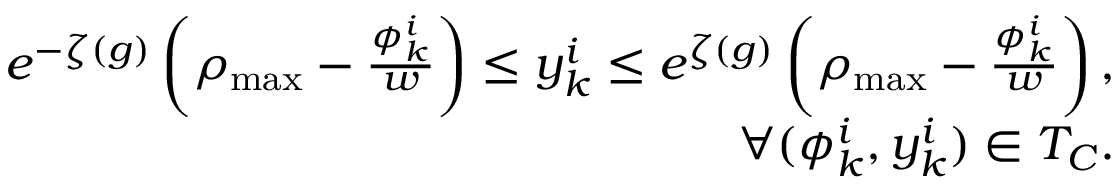
\begin{array} { r } { e ^ { - \zeta ( g ) } \left( \rho _ { \operatorname* { m a x } } - \frac { \phi _ { k } ^ { i } } { w } \right) \leq y _ { k } ^ { i } \leq e ^ { \zeta ( g ) } \left( \rho _ { \operatorname* { m a x } } - { \frac { \phi _ { k } ^ { i } } { w } } \right) , } \\ { \forall ( \phi _ { k } ^ { i } , y _ { k } ^ { i } ) \in T _ { C } . } \end{array}